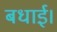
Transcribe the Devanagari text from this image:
बधाई।